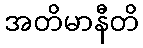
အတိမာနီတိ